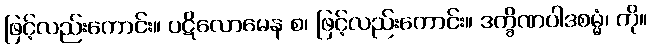
ဖြင့်လည်းကောင်း။ ပဋိလောမေန စ၊ ဖြင့်လည်းကောင်း။ ဒက္ခိဏပါဒစမ္မံ၊ ကို။